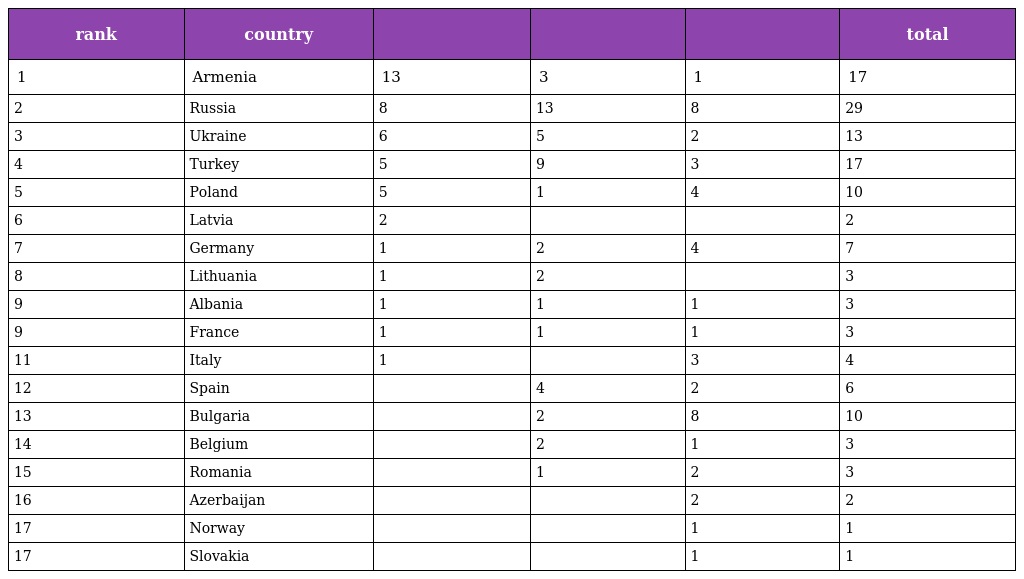
| rank | country |  |  |  | total |
 | --- | --- | --- | --- | --- | --- |
 | 1 | Armenia | 13 | 3 | 1 | 17 |
 | 2 | Russia | 8 | 13 | 8 | 29 |
 | 3 | Ukraine | 6 | 5 | 2 | 13 |
 | 4 | Turkey | 5 | 9 | 3 | 17 |
 | 5 | Poland | 5 | 1 | 4 | 10 |
 | 6 | Latvia | 2 |  |  | 2 |
 | 7 | Germany | 1 | 2 | 4 | 7 |
 | 8 | Lithuania | 1 | 2 |  | 3 |
 | 9 | Albania | 1 | 1 | 1 | 3 |
 | 9 | France | 1 | 1 | 1 | 3 |
 | 11 | Italy | 1 |  | 3 | 4 |
 | 12 | Spain |  | 4 | 2 | 6 |
 | 13 | Bulgaria |  | 2 | 8 | 10 |
 | 14 | Belgium |  | 2 | 1 | 3 |
 | 15 | Romania |  | 1 | 2 | 3 |
 | 16 | Azerbaijan |  |  | 2 | 2 |
 | 17 | Norway |  |  | 1 | 1 |
 | 17 | Slovakia |  |  | 1 | 1 |